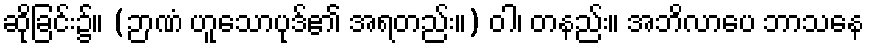
ဆိုခြင်း၌။ (ဉာဏံ ဟူသောပုဒ်၏ အရတည်း။) ဝါ၊ တနည်း။ အဘိလာပေ ဘာသနေ